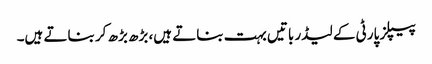
پیپلز پارٹی کے لیڈر باتیں بہت بناتے ہیں، بڑھ بڑھ کر بناتے ہیں۔